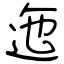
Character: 迤